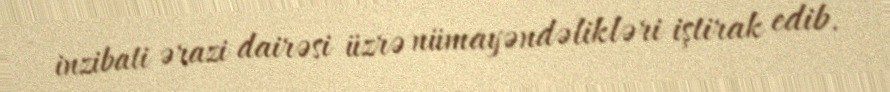
inzibati ərazi dairəsi üzrə nümayəndəlikləri iştirak edib.